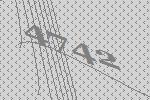
4742